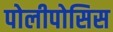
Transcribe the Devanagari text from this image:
पोलीपोसिस